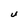
Character: U